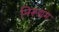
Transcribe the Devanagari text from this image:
निरूद्यम